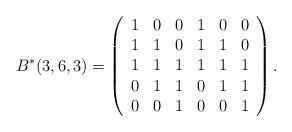
LaTeX: \begin{align*}B^*(3,6,3)=\left(\begin{array}{cccccc}1&0&0&1&0&0\\1&1&0&1&1&0\\1&1&1&1&1&1\\0&1&1&0&1&1\\0&0&1&0&0&1\end{array}\right).\end{align*}